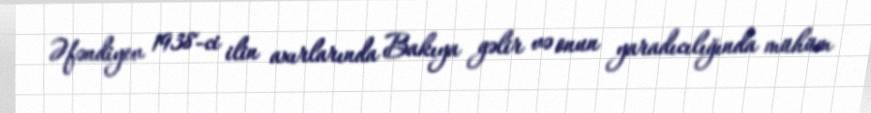
Əfəndiyev 1938-ci ilin axırlarında Bakıya gəlir və onun yaradıcılığında mühüm